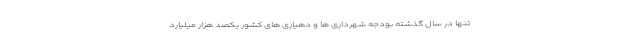
تنها در سال گذشته بودجه شهرداری ها و دهیاری های کشور یکصد هزار میلیارد